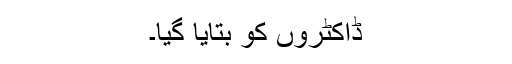
ڈاکٹروں کو بتایا گیا۔